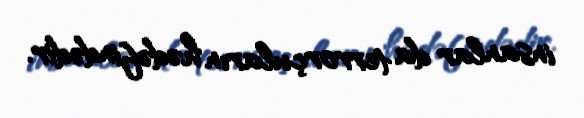
insanlar da terrorçuların hədəfindədir.